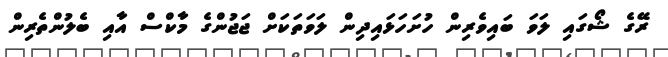
ރޭގެ ޝޯގައި ލަވަ ބައިވެރިން ހުށަހަޅައިދިން ލަވަތަކަށް ޖަޖުންގެ މާކްސް އާއި ބެލުންތެރިން